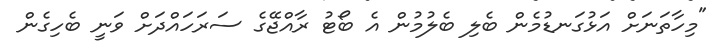
"މިހާތަނަށް އަޅުގަނޑުމެން ބެލި ބެލުމުން އެ ބޯޓު ރާއްޖޭގެ ސަރަހައްދަށް ވަނީ ބެހިގެން